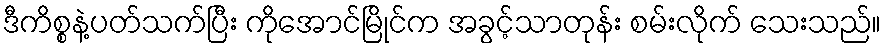
ဒီကိစ္စနဲ့ပတ်သက်ပြီး ကိုအောင်မြိုင်က အခွင့်သာတုန်း စမ်းလိုက် သေးသည်။